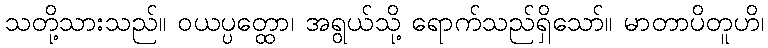
သတို့သားသည်။ ဝယပ္ပတ္ထော၊ အရွယ်သို့ ရောက်သည်ရှိသော်။ မာတာပိတူဟိ၊